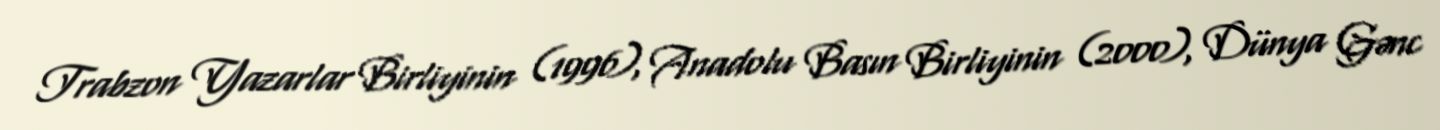
Trabzon Yazarlar Birliyinin (1996), Anadolu Basın Birliyinin (2000), Dünya Gənc